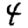
Digit: 4